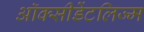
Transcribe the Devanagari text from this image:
ऑक्सीडेंटलिज्म